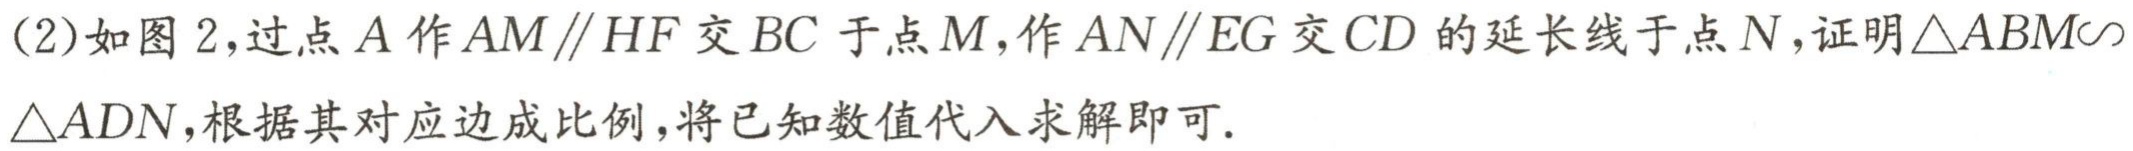
(2)如图2,过点\(A\)作\(AM\parallel HF\)交\(BC\)于点\(M\),作\(AN\parallel EG\)交\(CD\)的延长线于点\(N\),证明\(\triangle ABM\sim\triangle ADN\),根据其对应边成比例,将已知数值代入求解即可.